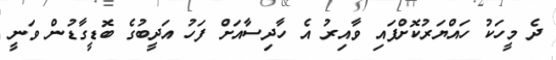
ދެ މީހަކު ހައްޔަރުކޮށްފައި ވާއިރު އެ ހާދިސާއަށް ފަހު އަދީބުގެ ބޮޑީގާޑުން ވަނީ